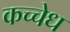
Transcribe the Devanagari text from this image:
कच्चेध